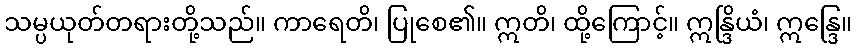
သမ္ပယုတ်တရားတို့သည်။ ကာရေတိ၊ ပြုစေ၏။ ဣတိ၊ ထို့ကြောင့်။ ဣန္ဒြိယံ၊ ဣန္ဒြေ။